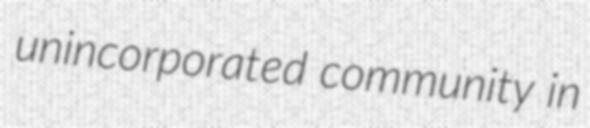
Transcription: unincorporated community in